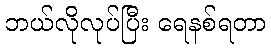
ဘယ်လိုလုပ်ပြီး ရေနစ်ရတာ